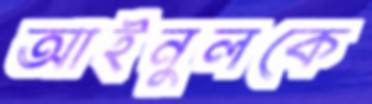
আইনুলকে